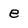
Character: e